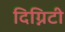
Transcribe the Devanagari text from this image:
दिग्निटी